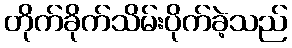
တိုက်ခိုက်သိမ်းပိုက်ခဲ့သည်